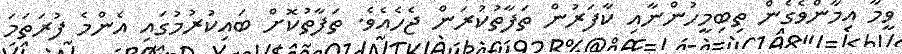
ވީމާ އިމާންވެގެން ތިބިމީހުންނާއި ކާފަރުން ތަފާތުކުރަން ޖެހެއެވެ. ތަފާތުކޮށް ބައިކުރުމުގައި އެންމެ ފުރަތަމަ